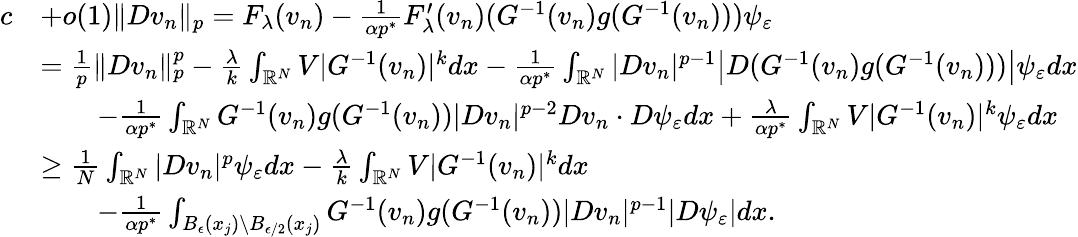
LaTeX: \begin{array}{rl}{c}&{+o(1)\| Dv_{n}\| _{p}=F_{\lambda}(v_{n})-\frac{1}{\alpha p^{*}}F_{\lambda}^{\prime}(v_{n})(G^{-1}(v_{n})g(G^{-1}(v_{n})))\psi_{\varepsilon}}\\ &{=\frac{1}{p}\| Dv_{n}\| _{p}^{p}-\frac{\lambda}{k}\int_{\mathbb{R}^{N}}V|G^{-1}(v_{n})|^{k}dx-\frac 1{\alpha p^{*}}\int_{\mathbb{R}^{N}}|Dv_{n}|^{p-1}\bigl|D(G^{-1}(v_{n})g(G^{-1}(v_{n})))\bigr|\psi_{\varepsilon}dx}\\ &{\qquad-\frac 1{\alpha p^{*}}\int_{\mathbb{R}^{N}}G^{-1}(v_{n})g(G^{-1}(v_{n}))|Dv_{n}|^{p-2}Dv_{n}\cdot D\psi_{\varepsilon}dx+\frac{\lambda}{\alpha p^{*}}\int_{\mathbb{R}^{N}}V|G^{-1}(v_{n})|^{k}\psi_{\varepsilon}dx}\\ &{\ge\frac{1}{N}\int_{\mathbb{R}^{N}}|Dv_{n}|^{p}\psi_{\varepsilon}dx-\frac{\lambda}{k}\int_{\mathbb R^{N}}V|G^{-1}(v_{n})|^{k}dx}\\ &{\qquad-\frac 1{\alpha p^{*}}\int_{B_{\epsilon}(x_{j})\setminus B_{\epsilon/2}(x_{j})}G^{-1}(v_{n})g(G^{-1}(v_{n}))|Dv_{n}|^{p-1}|D\psi_{\varepsilon}|dx.}\end{array}